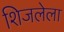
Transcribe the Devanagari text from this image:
शिजलेला